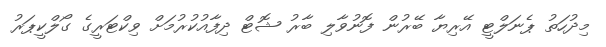
މިދުހަތު ޕެނަލްޓީ އޭރިޔާ ބޭރުން ފޮނުވާލި ބާރު ޝޮޓް ދިފާއުކުރުމަށް ވިކްޓަރީގެ ގޯލްކީޕަރު